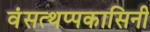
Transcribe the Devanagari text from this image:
वंसत्थप्पकासिनी